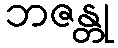
ဘဇန္တု